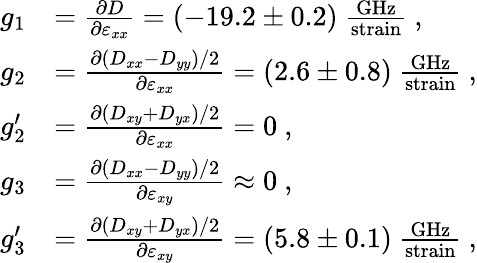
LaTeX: \begin{array}{rl}{g_{1}}&{=\frac{\partial D}{\partial\varepsilon_{xx}}=(-19.2\pm 0.2)~\frac{\mathrm{GHz}}{\mathrm{strain}}\ \mathrm{,}}\\ {g_{2}}&{=\frac{\partial(D_{xx}-D_{yy})/2}{\partial\varepsilon_{xx}}=(2.6\pm 0.8)~\frac{\mathrm{GHz}}{\mathrm{strain}}\ \mathrm{,}}\\ {g_{2}^{\prime}}&{=\frac{\partial(D_{xy}+D_{yx})/2}{\partial\varepsilon_{xx}}=0\ \mathrm{,}}\\ {g_{3}}&{=\frac{\partial(D_{xx}-D_{yy})/2}{\partial\varepsilon_{xy}}\approx 0\ \mathrm{,}}\\ {g_{3}^{\prime}}&{=\frac{\partial(D_{xy}+D_{yx})/2}{\partial\varepsilon_{xy}}=(5.8\pm 0.1)~\frac{\mathrm{GHz}}{\mathrm{strain}}\ \mathrm{,}}\end{array}